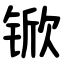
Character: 锨